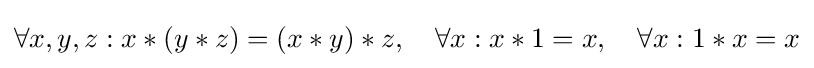
\forall x,y,z:x*(y*z)=(x*y)*z,\quad \forall x:x*1=x,\quad \forall x:1*x=x